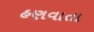
હણવાતા